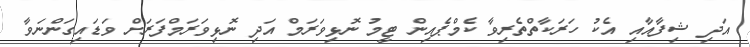
އަދި ޝިފާއާއި އެކު ހަރަކާތްތެރިވާ ކެމްޕެއިން ޓީމު ނޮޅިވަރަމް އަދި ނޮޅިވަރަމްފަރަށް ވަޑައިގަންނަވާ